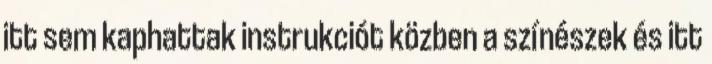
itt sem kaphattak instrukciót közben a színészek és itt